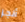
أنجز